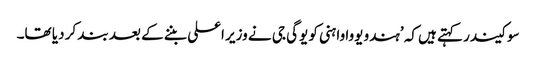
سوکیندر کہتے ہیں کہ ’ہندو یووا واہنی کو یوگی جی نے وزیر اعلی بننے کے بعد بند کر دیا تھا۔